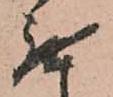
無